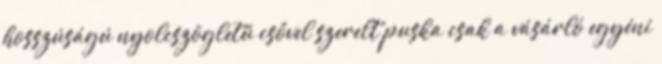
hosszúságú nyolcszögletű csővel szerelt puska csak a vásárló egyéni